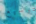
لتوسيع